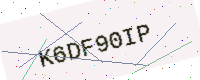
Text: K6DF90IP